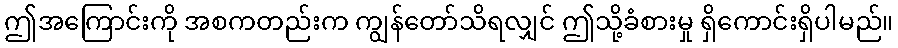
ဤအကြောင်းကို အစကတည်းက ကျွန်တော်သိရလျှင် ဤသို့ခံစားမှု ရှိကောင်းရှိပါမည်။